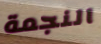
النجمة